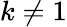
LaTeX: k\ne 1